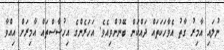
ނުލައި އާމިރު ގާތު އެވާހަކަތައް ދައްކަން ބޭނުންވިއެވެ. އަހަރެންގެ އިހުސާސްތައް އާމިރަށް އިއްވާ